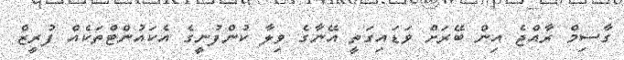
ގާސިމް ރާއްޖެ އިން ބޭރަށް ވަޑައިގަތީ އޭނާގެ ވިލާ ކުންފުނީގެ އެކައުންޓްތަކެއް ފުރީޒް